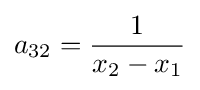
a_{32}={\frac {1}{x_{2}-x_{1}}}